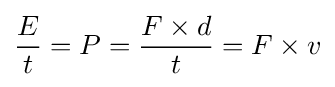
{\frac {E}{t}}=P={\frac {F\times d}{t}}=F\times v